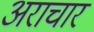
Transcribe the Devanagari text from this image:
अराचार